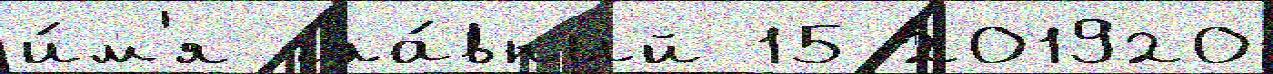
и́м'я гла́вный 15 201920